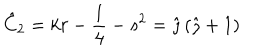
LaTeX: \hat { C } _ { 2 } = k r - \frac { 1 } { 4 } - s ^ { 2 } = \hat { \jmath } \left( \hat { \jmath } + 1 \right)